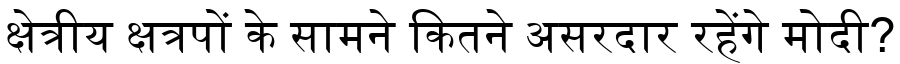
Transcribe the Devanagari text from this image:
क्षेत्रीय क्षत्रपों के सामने कितने असरदार रहेंगे मोदी?